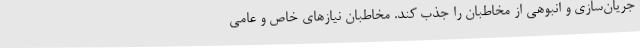
جریان‌سازی و انبوهی از مخاطبان را جذب کند. مخاطبان نیازهای خاص و عامی